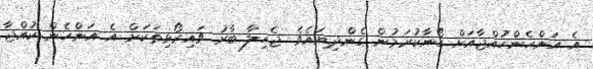
އެ އަންހެންކުއްޖާއަށް ގޯނާކުރަމުން ގެންދިޔައެވެ. ޖެހިލާ ބާރު ވައިރޯޅިތަކަށް އެ އަންހެން ކުއްޖާ